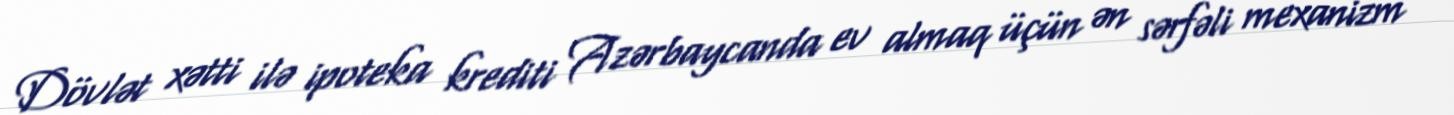
Dövlət xətti ilə ipoteka krediti Azərbaycanda ev almaq üçün ən sərfəli mexanizm